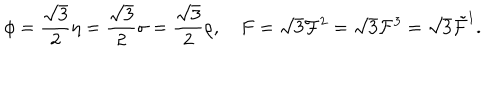
\phi = { \frac { \sqrt { 3 } } { 2 } } \eta = { \frac { \sqrt { 3 } } { 2 } } \sigma = { \frac { \sqrt { 3 } } { 2 } } \rho , F = \sqrt { 3 } { \cal F } ^ { 2 } = \sqrt { 3 } { \cal F } ^ { 3 } = \sqrt { 3 } \tilde { \cal F } ^ { 1 } .